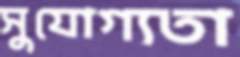
সুযোগ্যতা